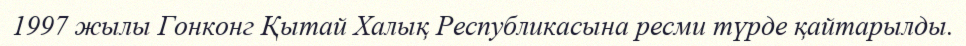
1997 жылы Гонконг Қытай Халық Республикасына ресми түрде қайтарылды.